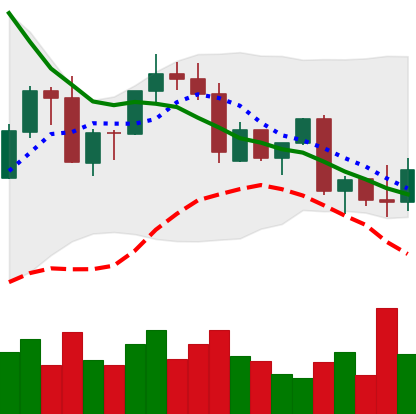
Ticker: ADA-USD
Chart end date: 2022-09-22
Forward return: -3.72%
Label: down_3_5